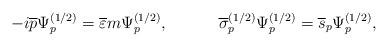
LaTeX: \begin{align*}-i\overline{p}\Psi _p^{(1/2)}=\overline{\varepsilon }m\Psi_p^{(1/2)} ,\hspace{0.5in}\overline{\sigma }_p^{(1/2)}\Psi_p^{(1/2)}=\overline{s}_p\Psi _p^{(1/2)} ,\end{align*}